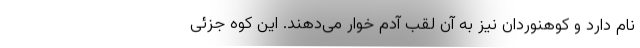
نام دارد و کوهنوردان نیز به آن لقب آدم خوار می‌دهند. این کوه جزئی